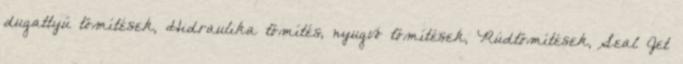
dugattyú tömítések, Hidraulika tömítés, nyugvó tömítések, Rúdtömítések, Seal Jet